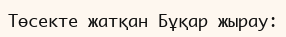
Төсекте жатқан Бұқар жырау: